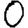
Digit: 0